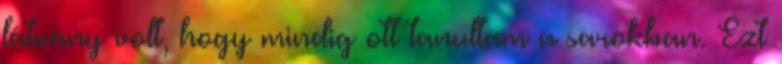
látvány volt, hogy mindig ott tanultam a sarokban. Ezt